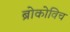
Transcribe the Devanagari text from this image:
ब्रोकोविच